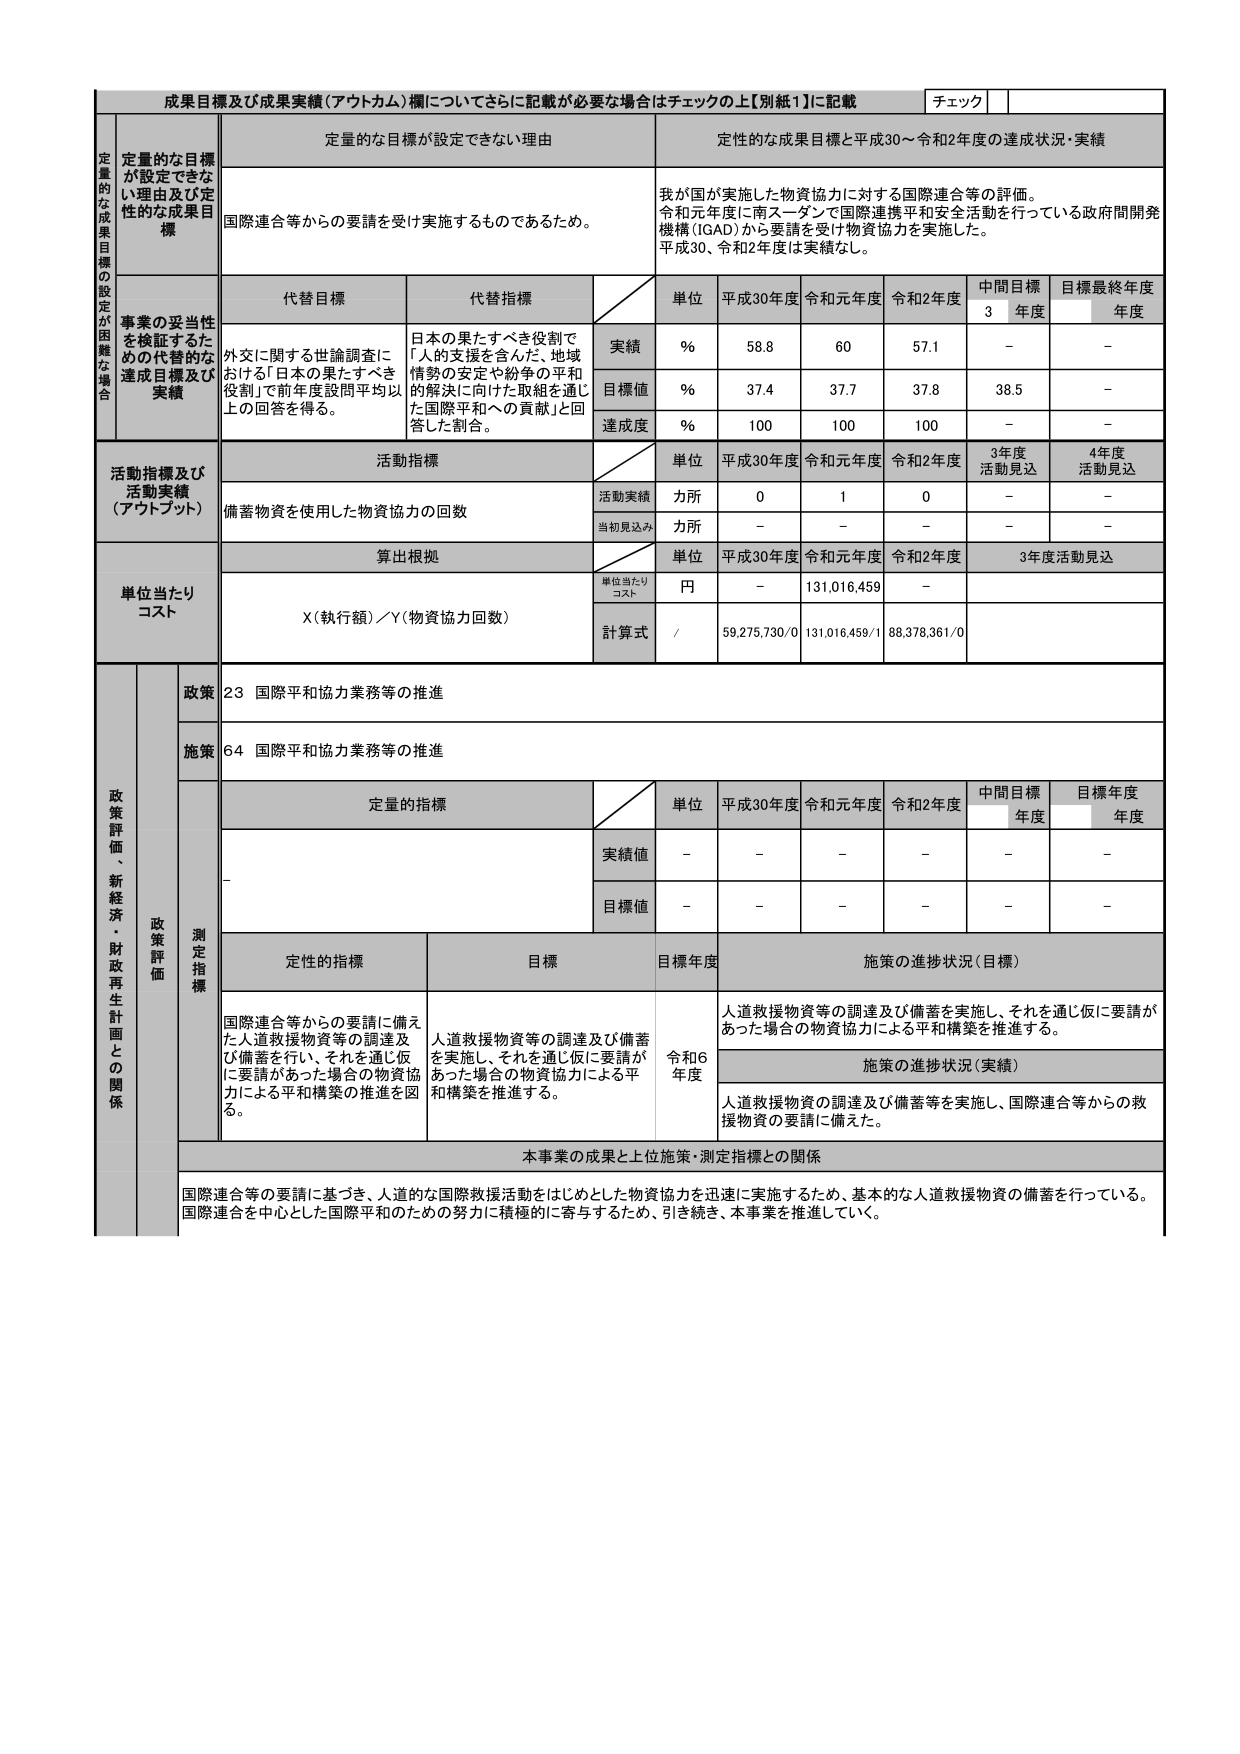
成果目標及び成果実績（アウトカム）欄についてさらに記載が必要な場合はチェックの上【別紙1】に記載 チェック

定量的な目標が設定できない理由 定性的な成果目標と平成30～令和2年度の達成状況・実績

定量的な目標が設定できない理由及び定性的な成果目標

国際連合等からの要請を受け実施するものであるため。

我が国が実施した物資協力に対する国際連合等の評価。令和元年度に南スーダンで国際連携平和安全活動を行っている政府間開発機構（IGAD）から要請を受け物資協力を実施した。平成30、令和2年度は実績なし。

代替目標 代替指標

事業の妥当性を検証するための代替的な達成目標及び実績

外交に関する世論調査における「日本の果たすべき役割」で前年度設問平均以上の回答を得る。

日本の果たすべき役割で「人的支援を含んだ、地域情勢の安定や紛争の平和的解決に向けた取組を通じた国際平和への貢献」と回答した割合。

単位 平成30年度 令和元年度 令和2年度 中間目標3年度 目標最終年度年度

実績 % 58.8 60 57.1 - -

目標値 % 37.4 37.7 37.8 38.5 -

達成度 % 100 100 100 - -

活動指標及び活動実績（アウトプット）

活動指標

単位 平成30年度 令和元年度 令和2年度 3年度活動見込 4年度活動見込

備蓄物資を使用した物資協力の回数

活動実績 力所 0 1 0 - -

当初見込み 力所 - - - - -

算出根拠

単位 平成30年度 令和元年度 令和2年度 3年度活動見込

単位当たりコスト 円 - 131,016,459 -

X（執行額）／Y（物資協力回数）

計算式 / 59,275,730/0 131,016,459/1 88,378,361/0

単位当たりコスト

政策 23 国際平和協力業務等の推進

施策 64 国際平和協力業務等の推進

政策評価、新経済・財政再生計画との関係

政策評価

測定指標

定量的指標

単位 平成30年度 令和元年度 令和2年度 中間目標年度 目標年度年度

実績値 - - - - - -

目標値 - - - - - -

定性的指標 目標 目標年度 施策の進捗状況（目標）

国際連合等からの要請に備えた人道救援物資等の調達及び備蓄を行い、それを通じ仮に要請があった場合の物資協力による平和構築の推進を図る。

人道救援物資等の調達及び備蓄を実施し、それを通じ仮に要請があった場合の物資協力による平和構築を推進する。

令和6年度

施策の進捗状況（実績）

人道救援物資の調達及び備蓄等を実施し、国際連合等からの救援物資の要請に備えた。

本事業の成果と上位施策・測定指標との関係

国際連合等の要請に基づき、人道的な国際救援活動をはじめとした物資協力を迅速に実施するため、基本的な人道救援物資の備蓄を行っている。国際連合を中心とした国際平和のための努力に積極的に寄与するため、引き続き、本事業を推進していく。